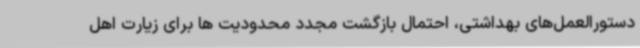
دستورالعمل‌های بهداشتی، احتمال بازگشت مجدد محدودیت ها برای زیارت اهل